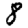
Digit: 8